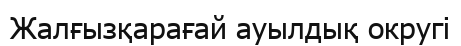
Жалғызқарағай ауылдық округі